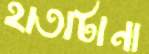
হাতাটানা